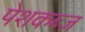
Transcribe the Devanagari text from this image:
पेशकब्ज़